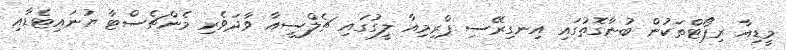
މީޑިއާ ރިޕޯޓްތަކުން ބުނާގޮތުގައި އިނގިރޭސި ޕްރިމިއާ ލީގުގައި ޗެލްސީއާ ވާދަވެރި މެންޗެސްޓާ ޔުނައިޓެޑާއި